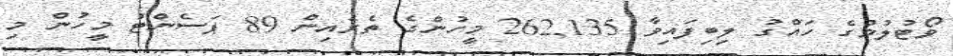
ވޯޓުލުމުގެ ހައްގު ލިބިފައިވާ 262